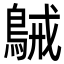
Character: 𪁫